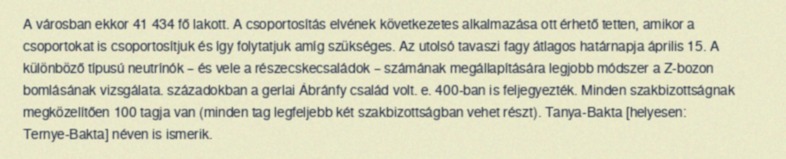
A városban ekkor 41 434 fő lakott. A csoportosítás elvének következetes alkalmazása ott érhető tetten, amikor a csoportokat is csoportosítjuk és így folytatjuk amíg szükséges. Az utolsó tavaszi fagy átlagos határnapja április 15. A különböző típusú neutrínók – és vele a részecskecsaládok – számának megállapítására legjobb módszer a Z-bozon bomlásának vizsgálata. századokban a gerlai Ábránfy család volt. e. 400-ban is feljegyezték. Minden szakbizottságnak megközelítően 100 tagja van (minden tag legfeljebb két szakbizottságban vehet részt). Tanya-Bakta [helyesen: Ternye-Bakta] néven is ismerik.